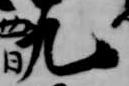
九